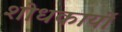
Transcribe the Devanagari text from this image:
शोधकार्यो